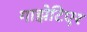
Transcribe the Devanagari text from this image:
गाझेटिएर